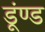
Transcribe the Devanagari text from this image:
डूंण्ड